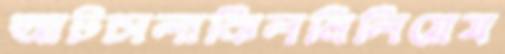
আটচালাঝিলমিলিয়েয